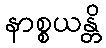
နာစ္စယန္တိ